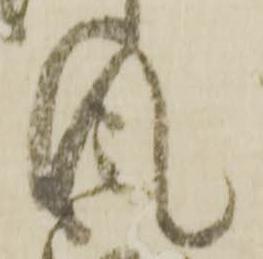
風